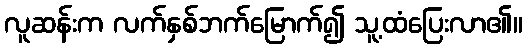
လူဆန်းက လက်နှစ်ဘက်မြောက်၍ သူ့ထံပြေးလာ၏။